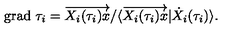
\mathrm { g r a d } \ \tau _ { i } = \overrightarrow { X _ { i } ( \tau _ { i } ) x } / \langle \overrightarrow { X _ { i } ( \tau _ { i } ) x } | \dot { X } _ { i } ( \tau _ { i } ) \rangle .